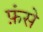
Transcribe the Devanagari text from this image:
फ़ंसे